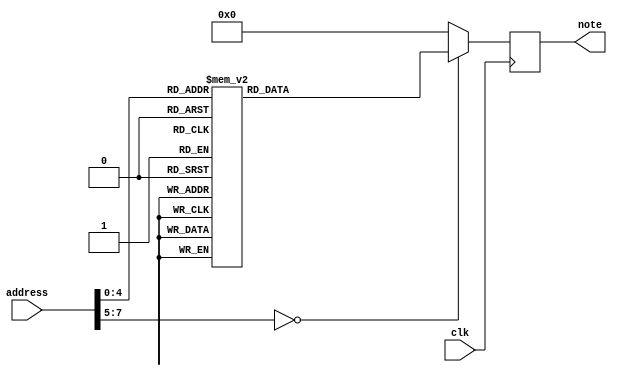
module music_ROM(
  input clk,
  input [7:0] address,
  output reg [7:0] note
);
always @(posedge clk)
  case(address)
    0, 1: note <= 8'd27; 
    2: note <= 8'd29; 
    3: note <= 8'd27; 
    4: note <= 8'd32; 
    5: note <= 8'd31; 
    6: note <= 8'd0;
    7, 8: note <= 8'd27; 
    9: note <= 8'd29; 
    10: note <= 8'd27; 
    11: note <= 8'd34; 
    12: note <= 8'd32; 
    13: note <= 8'd0;
    14, 15: note <= 8'd27; 
    16: note <= 8'd39; 
    17: note <= 8'd24; 
    18: note <= 8'd32; 
    19: note <= 8'd31; 
    20: note <= 8'd29; 
    21: note <= 8'd0;
    22, 23: note <= 8'd39; 
    24: note <= 8'd24; 
    25: note <= 8'd32; 
    26: note <= 8'd34; 
    27: note <= 8'd32; 
    default: note <= 8'd0;
  endcase
endmodule